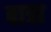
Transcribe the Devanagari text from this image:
बात्रा